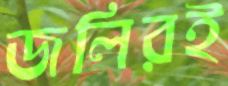
জলিরই